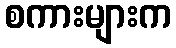
စကားများက